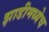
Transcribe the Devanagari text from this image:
झाडीमध्येच